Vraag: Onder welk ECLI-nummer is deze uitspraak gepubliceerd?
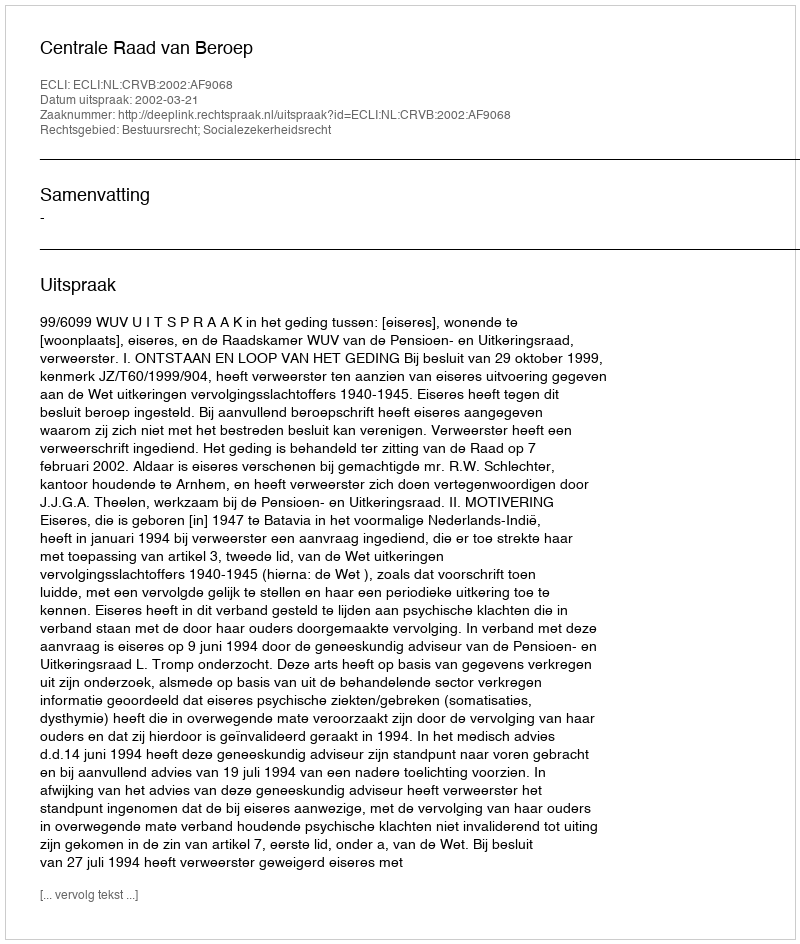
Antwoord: ECLI:NL:CRVB:2002:AF9068